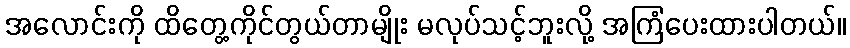
အလောင်းကို ထိတွေ့ကိုင်တွယ်တာမျိုး မလုပ်သင့်ဘူးလို့ အကြံပေးထားပါတယ်။